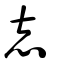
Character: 志